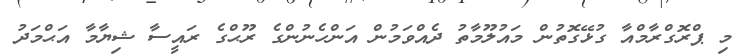
މި ޕްރޮގްރާމްއާ ގުޅޭގޮތުން މައުލޫމާތު ދެއްވަމުން އަންހެނުންގެ ރޫޙްގެ ރައީސާ ޝިޔާމާ އަޙްމަދު